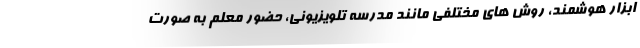
ابزار هوشمند، روش های مختلفی مانند مدرسه تلویزیونی، حضور معلم به صورت